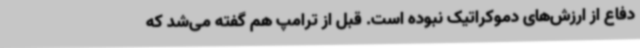
دفاع از ارزش‌های دموکراتیک نبوده است. قبل از ترامپ هم گفته می‌شد که